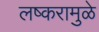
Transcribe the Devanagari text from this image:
लष्करामुळे